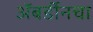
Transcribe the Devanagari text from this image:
अॅबर्डीनचा